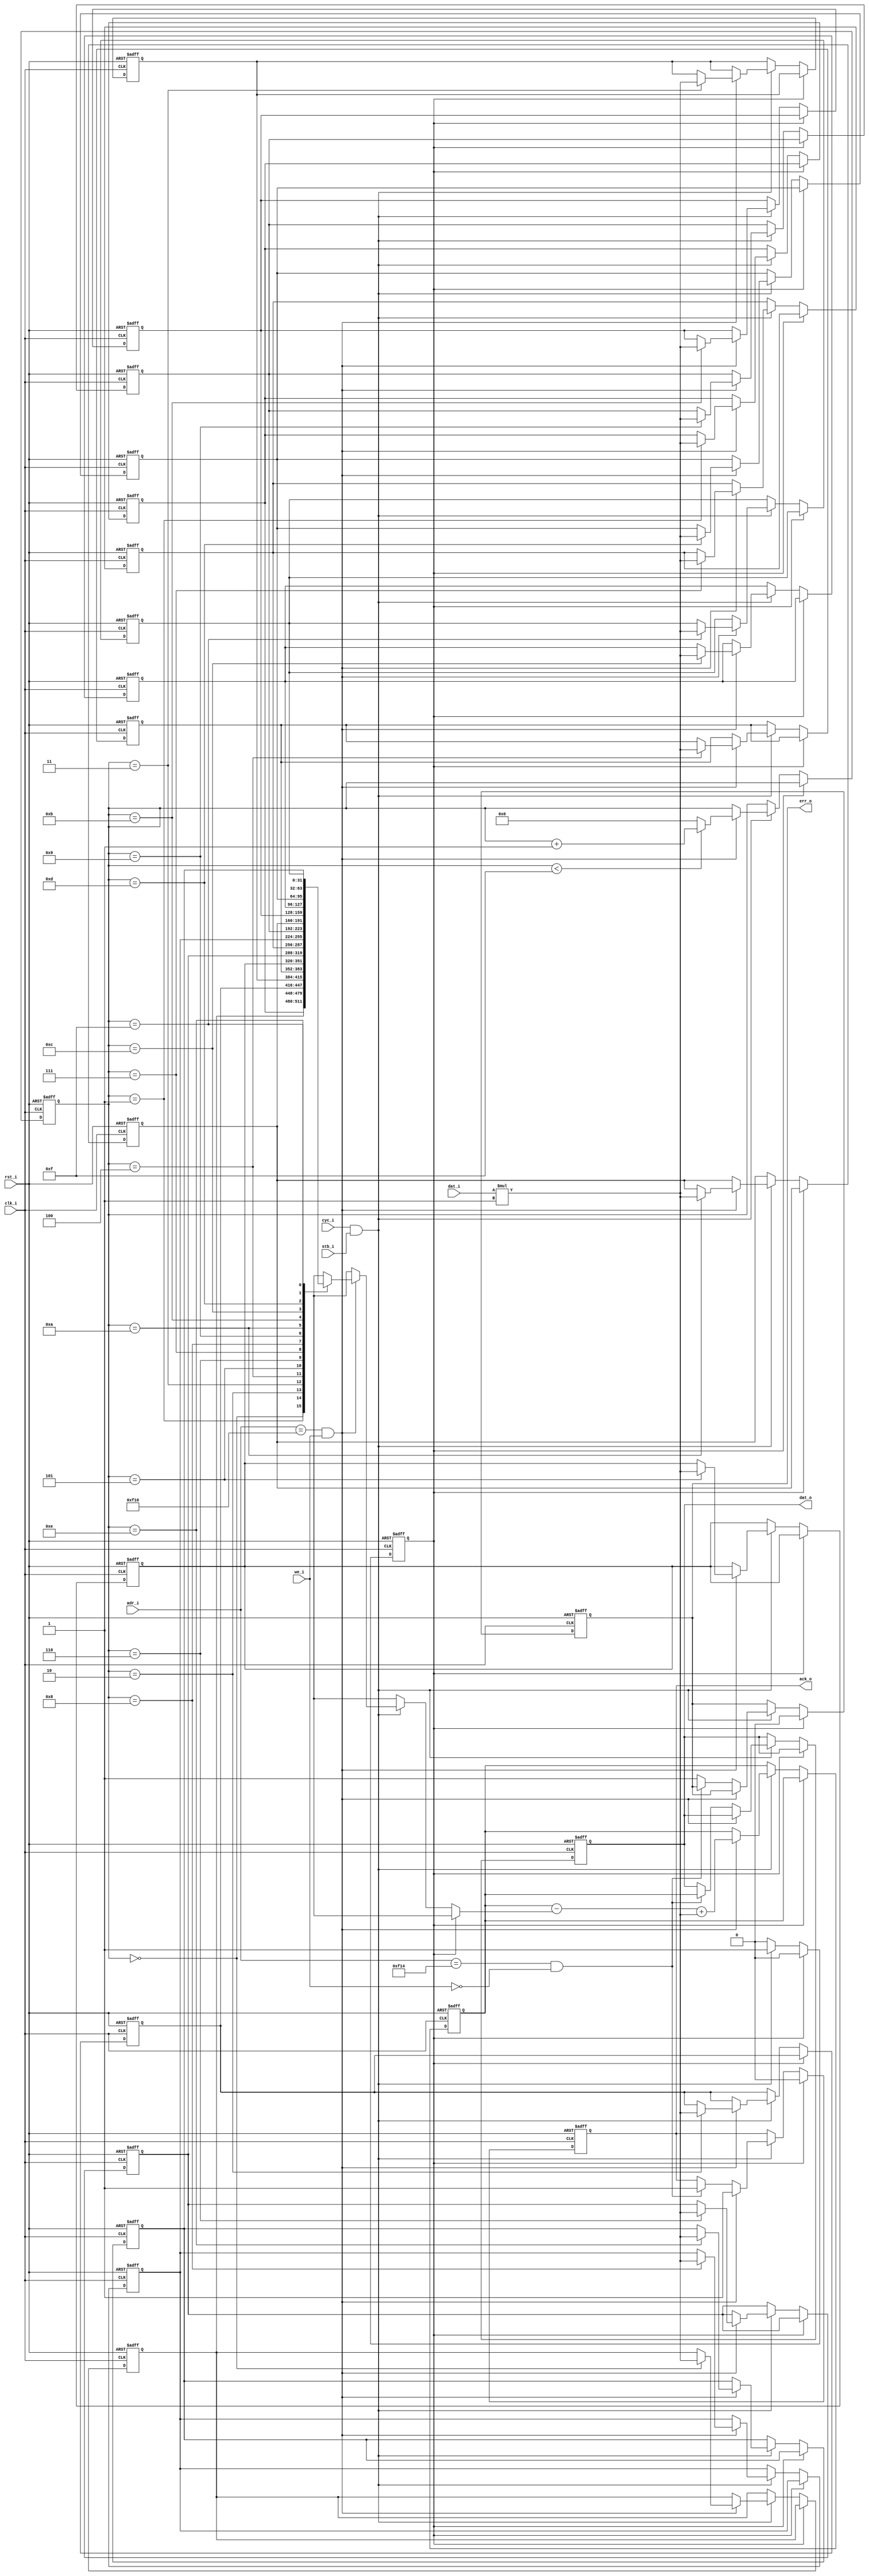
//-----------------------------------------------------------------------------
// Creation time : 10:25:17
// Description   : Maintains calculated sum of input values. The output value is the latest result. When new input value is set, the oldest is discarded and deducted from the result.
// Tool : Kactus2 3.4.88 32-bit
// Plugin : Verilog generator 2.0d
// This file was generated based on IP-XACT component tut.fi:peripheral:sum_buffer:1.0
// whose XML file is D:/kactus2Repos/ipxactexamplelib/tut.fi/peripheral/sum_buffer/1.0/sum_buffer.1.0.xml
//-----------------------------------------------------------------------------

module wb_sum_buffer #(
    parameter                              BUFFER_SIZE      = 16,    // How much buffer is allocated for both directions.
    parameter                              ADDR_WIDTH       = 16,    // The width of the address.
    parameter                              DATA_WIDTH       = 32,    // The width of the both transferred and inputted data.
    parameter                              BASE_ADDRESS     = 'h0F00,    // The first referred address of the master.
    parameter                              BUFFER_INDEX_WIDTH = $clog2(BUFFER_SIZE),    // How many bits are needed to index the buffer.
    parameter                              COLUMN_WIDTH     = 1    // Width of each column in sum.
) (
    // Interface: wb_slave
    input          [ADDR_WIDTH-1:0]     adr_i,    // The address of the data.
    input                               cyc_i,    // Asserted by master for transfer.
    input          [DATA_WIDTH-1:0]     dat_i,    // Data from master to slave.
    input                               stb_i,    // Asserted, when this specific slave is selected.
    input                               we_i,    // Write = 1, Read = 0.
    output reg                          ack_o,    // Slave asserts acknowledge.
    output reg     [DATA_WIDTH-1:0]     dat_o,    // Data from slave to master.
    output reg                          err_o,    // Indicates abnormal cycle termination.

    // Interface: wb_system
    input                               clk_i,    // The mandatory clock, as this is synchronous logic.
    input                               rst_i    // The mandatory reset, as this is synchronous logic.
);

// WARNING: EVERYTHING ON AND ABOVE THIS LINE MAY BE OVERWRITTEN BY KACTUS2!!!

    reg [DATA_WIDTH-1:0] memory [BUFFER_SIZE-1:0];
    
    reg [DATA_WIDTH-1:0] result;
    
    reg [BUFFER_INDEX_WIDTH-1:0] index;
    
    localparam AUB = 8;
    localparam AU_IN_DATA = DATA_WIDTH/AUB;

    // The state.
    reg [0:0] state;
    
    integer lastValue;
    integer newValue;
    
    integer iterator;
    
    // The available states.
    parameter [0:0]
        S_WAIT      = 1'd0, // Waiting for cyc_i & stb_i
        S_DEASSERT  = 1'd1; // Deassert acknowledgement.

    always @(posedge clk_i or posedge rst_i) begin
        if(rst_i == 1'b1) begin
            ack_o <= 0; // Obviously, there is nothing to acknowledge by default.
            dat_o <= 0; // No output by default.
            err_o <= 0; // No error by default.
            state <= S_WAIT; // Wait signals from the masters at reset.
            result <= 0;
            index <= 0;
            
            for (iterator = 0; iterator < BUFFER_SIZE; iterator = iterator +1) begin
                memory[iterator] <= 0;
            end
        end
        else begin
            if (state == S_WAIT) begin
                // Wait signal from the master.
                if ( cyc_i == 1 && stb_i == 1 ) begin
                    // Master ok, check the address.
                    if (adr_i == BUFFER_SIZE+BASE_ADDRESS && we_i == 1) begin
                        // Address of the new value.
                        ack_o <= 1;
                        
                        lastValue = memory[index];
                        
                        newValue = dat_i * COLUMN_WIDTH;
                        
                        memory[index] <= newValue;
                        result <= result - lastValue + newValue;
                        
                        if (index < BUFFER_SIZE-1) begin
                            index <= index + 1;
                        end
                        else begin
                            index <= 0;
                        end
                    end
                    else if (adr_i == BUFFER_SIZE+BASE_ADDRESS+AU_IN_DATA && we_i == 0) begin
                        // Address of the result.
                        ack_o <= 1;
                        dat_o = result;
                    end
                    else begin
                        // The specified address out-of-scope -> error!
                        err_o <= 1;
                    end
                
                    // Next thing is to deassert.
                    state <= S_DEASSERT;
                end
            end
            else if (state == S_DEASSERT) begin
                // Deassert acknowlegement, get ready to receive next one.
                ack_o <= 0;
                err_o <= 0;
                state <= S_WAIT;
            end
            else
                $display("ERROR: Unkown state: %d", state);
        end
    end
endmodule